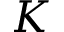
K